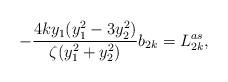
LaTeX: \begin{align*}-\frac{4ky_{1}(y_{1}^{2}-3y_{2}^{2})}{\zeta(y_{1}^{2}+y_{2}^{2})}b_{2k}=L^{as}_{2k},\end{align*}